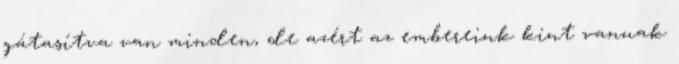
gátasítva van minden, de azért az embereink kint vannak